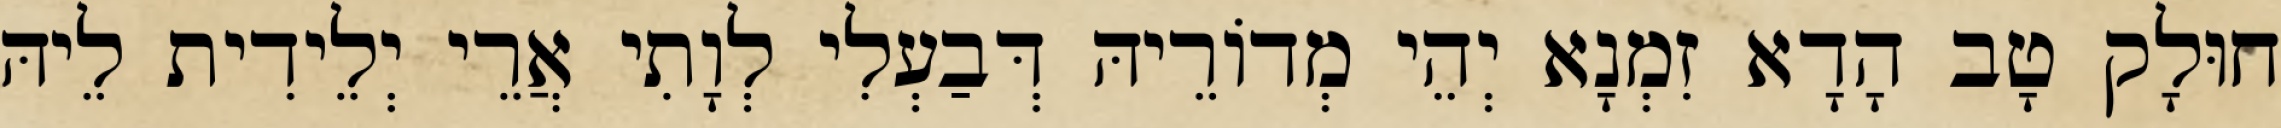
חוּלָק טָב הָדָא זִמְנָא יְהֵי מְדוֹרֵיהּ דְּבַעְלִי לְוָתִי אֲרֵי יְלֵידִית לֵיהּ